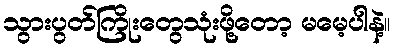
သွားပွတ်ကြိုးတွေသုံးဖို့တော့ မမေ့ပါနဲ့။